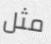
مثل